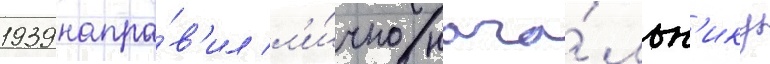
1939 напра́в'ил л'и́чно нача́льн'ику